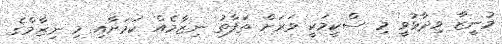
މުނީޒާ ވިދާޅުވީ މި ސްކީމަކީ ވަރަށް ތަފާތު ނިޒާމެއް ކަމަށާއި މި ނިޒާމްގެ